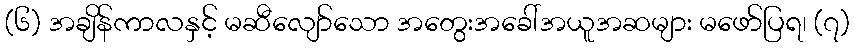
(၆) အချိန်ကာလနှင့် မဆီလျော်သော အတွေးအခေါ်အယူအဆများ မဖော်ပြရ၊ (၇)